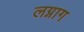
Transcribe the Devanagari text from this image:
लग्नाग